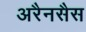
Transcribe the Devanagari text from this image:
अरैनसैस